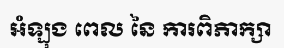
អំឡុង ពេល នៃ ការពិភាក្សា